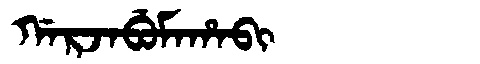
Manchu: ᡤᠠᡵᠵᠠᠪᡠᠮᠠᡥᠠᠪᡳ
Romanization: GARJABUMAHABI